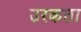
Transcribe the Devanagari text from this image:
उरकता